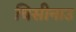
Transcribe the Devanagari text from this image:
चिसीनाउ